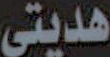
هديتي